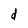
Character: d